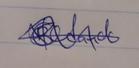
Signature authenticity: genuine